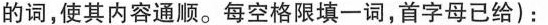
的词，使其内容通顺。每空格限填一词，首字母已给)：